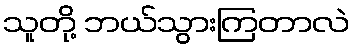
သူတို့ ဘယ်သွားကြတာလဲ